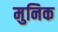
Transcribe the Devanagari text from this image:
मुनिक